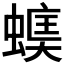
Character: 𧏃